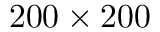
2 0 0 \times 2 0 0